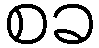
စခ